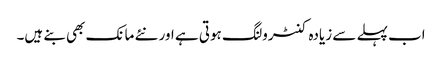
اب پہلے سے زیادہ کنٹرولنگ ہوتی ہے اور نئے مانک بھی بنے ہیں۔